Lunatic asylums in Bengal annual reports 1888-1898 - 1888-1898
Year: 1888
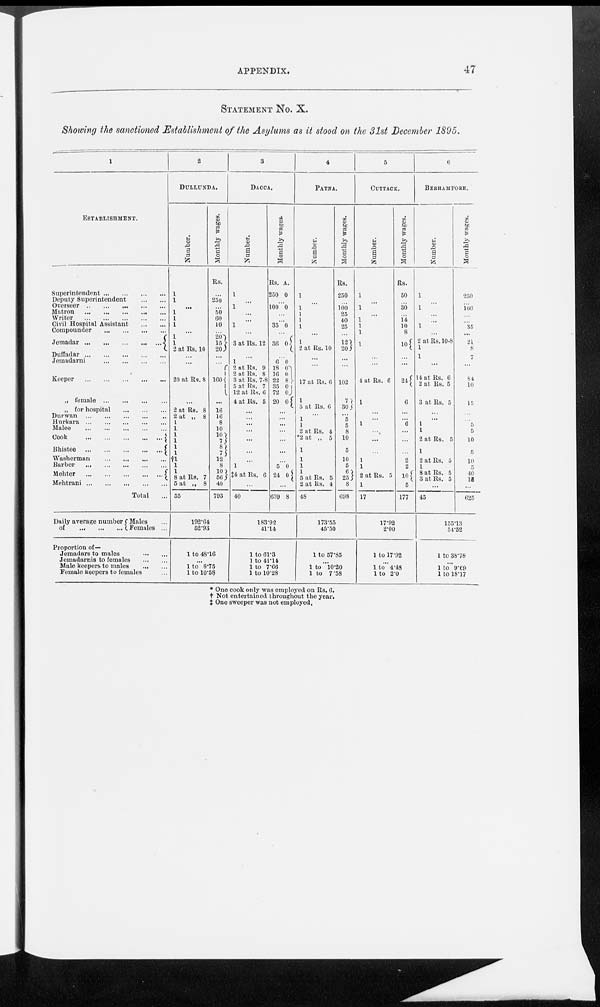
APPENDIX.
47
STATEMENT NO. X.
Showing the sanctioned Establishment of the Asylums as it stood on the 31st December 1895.
1
ESTABLISHMENT.
Superintendent
Deputy Superintendent
Overseer
Matron
Writer
Civil Hospital Assistant
Compounder
Jemadar
Duffadar
Jemadarni
Keeper
. ...
„ female
„ for hospital
Durwan
Hurkara
Malee
Cook
Bhistee
Washerman
Barber
..
Mehter
Mehtrani
Total ...
Daily average number
of
Males ...
Females ...
Proportion of—
Jemadars to males ... ...
Jemadarnis to females
Male keepers to males
Female keepers to females ...
2
DULLUNDA.
Number.
1
1
...
1
1
1
... 1
1
2 at Rs. 10
20 at Rs. 8
...
2 at Rs. 8
2 at „ 8
1
1
1
1
1
1 †l
1
1 8 at Rs. 7
5 at „ 8
55
Monthly wages.
Rs.
...
250
... 50
60
10
... 20
15
20
...
...
160
...
16
16
8
10
10 7
8 7
12
8
10
56
40
793
192.64
52.93
1 to 48.16
... 1 to 8.75
1 to 10.58
3
DACCA.
Number.
1
... 1
...
... 1
...
3 at Rs. 12
... 1
2 at Rs. 9
2 at Rs. 8
3 at Rs. 7-8
5 at Rs. 7
12 at Rs. 6
4 at Rs. 5
...
...
...
...
...
...
... ... 1
‡4 at Rs. 6
...
40
Monthly wages.
Rs.
250
A.
0
... 100 0
...
... 35 0
36 0
...
6
18
16
22
35
72
20
0
0 0 8
0
0
0
... ...
...
...
...
...
...
...
5
24
0
0
...
639 8
183.92
41.14
1 to 61.3
1 to 41.14
1 to 7.66
1 to 10.28
4
PATNA.
Number.
1
... 1
1
1
1
1
2 at Rs. 10
...
... ...
17 at Rs. 6
1
5 at Rs. 6
... 1
1
2 at Rs. 4
*2 at „ 5
1
1
1
1
5 at Rs. 5
2 at Rs. 4
48
Monthly wages.
Rs.
250
... 100
25
40
25
...
12
20
...
... ...
102
7
30
... 5
5
8
10
5
10
5
6
25
8
698
173.55
45.50
1 to 57.85
1 to 10.20
1 to 7.58
5
CUTTACK.
Number.
1
...
1
... 1
1
1
1
...
...
4 at Rs. 6
1
...
... 1
...
...
...
1
1
2 at Rs. 5
1
17
Monthly wages.
Rs.
50
... 30
... 14
10
8
10
...
...
24
6
...
... 6
...
...
...
2
2
10
5
177
17.92
2.00
1 to 17.92
... 1 to 4.48
l to 2.0
6
BERHAMPORE.
Number.
...
1
... 1
...
... 1
...
2 at Rs. 10-8
1
1
...
14 at Rs. 6
2 at Rs. 5
3 at Rs. 5
...
... l
1
2 at Rs. 5
1
2 at Rs. 5
1
8 at Rs. 5
3 at Rs. 5
...
45
Monthly wages.
...
250
... 100
...
... 35
...
21
8 7
... 84
10
15
...
... 5
5
10
5
10
5 40
15
...
625
155.13
54.52
1 to 38.78
... 1 to 9.69
1 to 18.17
* One cook only was employed on Rs. 6.
† Not entertained throughout the year.
‡ One sweeper was not employed.